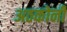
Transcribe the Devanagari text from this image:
अठकोनी